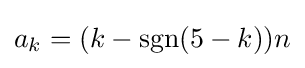
a_{k}=(k-\operatorname {sgn} (5-k))n